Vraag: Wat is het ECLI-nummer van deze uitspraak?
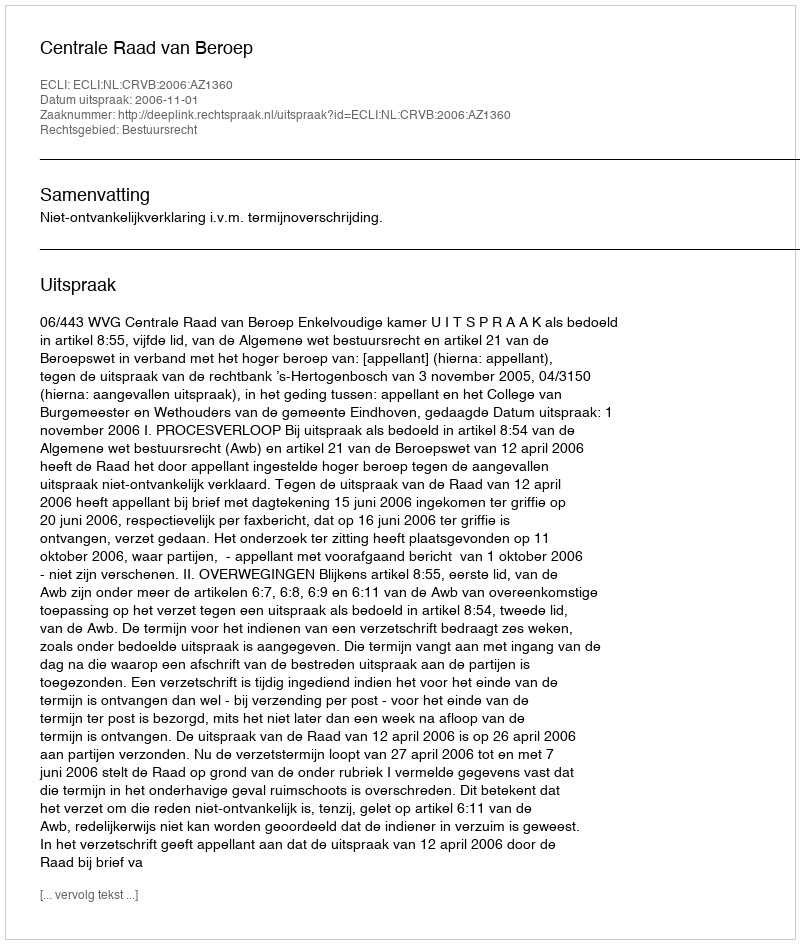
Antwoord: ECLI:NL:CRVB:2006:AZ1360